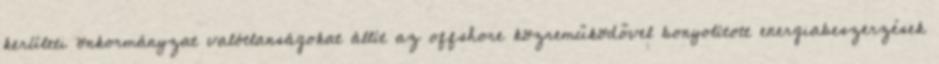
kerületi önkormányzat valótlanságokat állít az offshore közreműködővel bonyolított energiabeszerzések